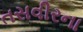
તસવીરના